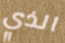
الذي